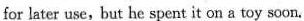
for later use,but he spent it on a toy soon.